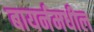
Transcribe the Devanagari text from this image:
बायर्नमधील